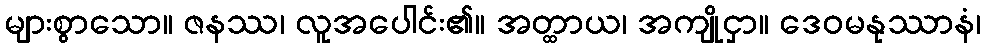
များစွာသော။ ဇနဿ၊ လူအပေါင်း၏။ အတ္ထာယ၊ အကျိုငှာ။ ဒေဝမနုဿာနံ၊